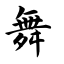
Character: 舞